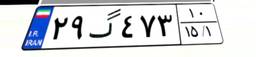
۲۹گ۴۷۳۱۰